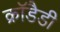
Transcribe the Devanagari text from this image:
क्रॉडैडी